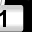
Digit: 1